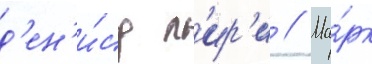
д'ен'и́су л'ир'и // Ма́рк